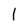
Character: l